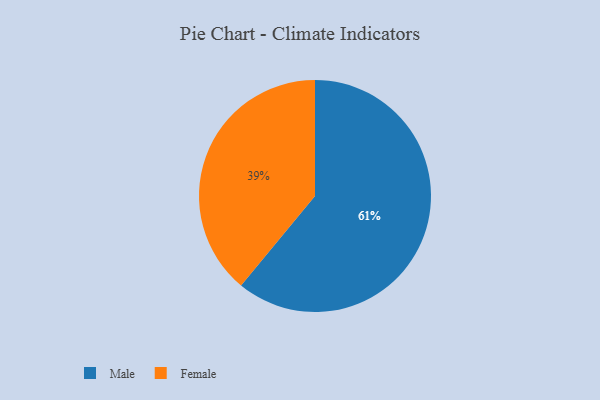
{"axis": {"x": "Category", "y": "Percentage"}, "legend": ["Female", "Male"], "data": [{"x": "Male", "y": 61, "type": "Male"}, {"x": "Female", "y": 39, "type": "Female"}]}